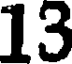
13